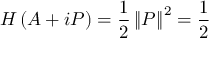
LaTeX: H \left( A + i P \right) = \frac { 1 } { 2 } \left\| P \right\| ^ { 2 } = \frac { 1 } { 2 }